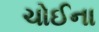
ચોઈના